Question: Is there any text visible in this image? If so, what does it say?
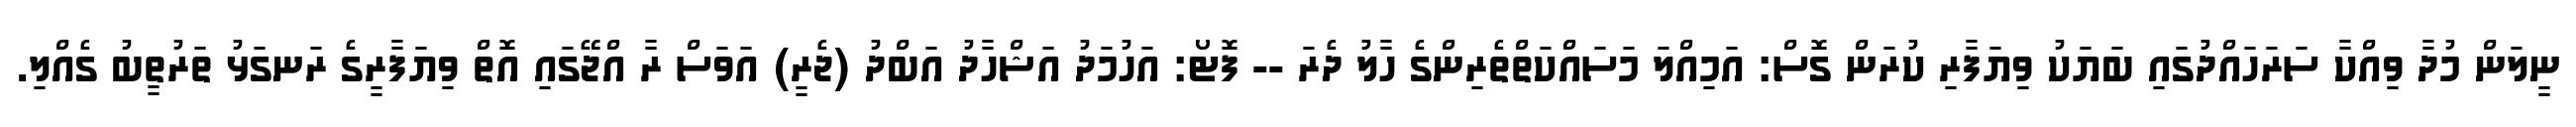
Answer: ނީލަން މުދާ ވިއްކާ ސަރަހައްދުގައި ބަޔަކު ވިޔަފާރި ކުރަން ގޮސް: އަމިއްލަ މަސައްކަތްތެރިންގެ ހާލު ދެރަ -- ފޮޓޯ: އަހުމަދު އަޝްހާދު އަބްދު (ޖެރީ) އަވަސް ރާ އްޖޭގައި އޮތް ވިޔަފާރީގެ ރަނގަޅު ތަރުތީބު ގެއްލި.